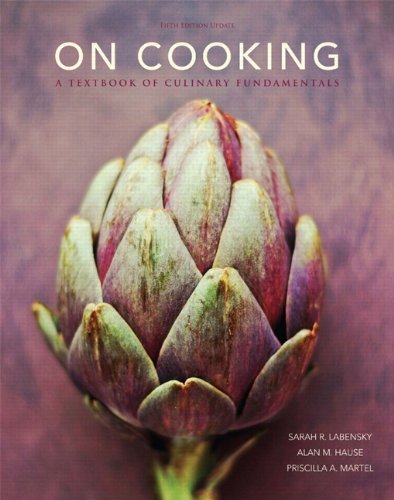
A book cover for On Cooking: A Textbook of Culinary Fundamentals, 5th Edition; Sarah R. Labensky; Business & Money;